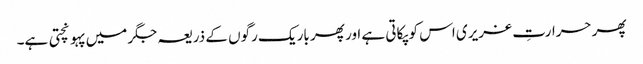
پھر حرارتِ غریری اس کو پکاتی ہے اور پھر باریک رگوں کے ذریعہ جگر میں پہونچتی ہے۔